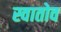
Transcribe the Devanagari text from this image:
स्वातोव